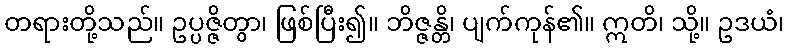
တရားတို့သည်။ ဥပ္ပဇ္ဇိတွာ၊ ဖြစ်ပြီး၍။ ဘိဇ္ဇန္တိ၊ ပျက်ကုန်၏။ ဣတိ၊ သို့။ ဥဒယံ၊